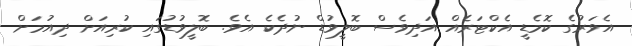
އެވަރުގެ ކޮމެޑީ އެކްޓަރެއް އަދިވެސް ބޮލީވުޑް ނުދެކެ އެވެ. ބޮލީވުޑުގައި ކުރިއަށް ދިއުމަށް